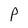
Character: p